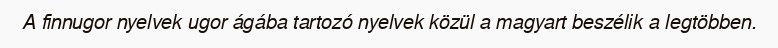
A finnugor nyelvek ugor ágába tartozó nyelvek közül a magyart beszélik a legtöbben.